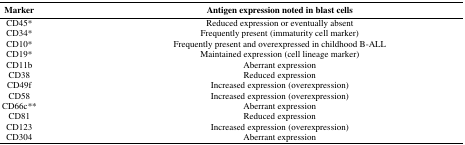
<table><thead><tr><td><b>Marker</b></td><td><b>Antigen expression noted in blast cells</b></td></tr></thead><tbody><tr><td>CD45*</td><td>Reduced expression or eventually absent</td></tr><tr><td>CD34*</td><td>Frequently present (immaturity cell marker)</td></tr><tr><td>CD10*</td><td>Frequently present and overexpressed in childhood B-ALL</td></tr><tr><td>CD19*</td><td>Maintained expression (cell lineage marker)</td></tr><tr><td>CD11b</td><td>Aberrant expression</td></tr><tr><td>CD38</td><td>Reduced expression</td></tr><tr><td>CD49f</td><td>Increased expression (overexpression)</td></tr><tr><td>CD58</td><td>Increased expression (overexpression)</td></tr><tr><td>CD66c**</td><td>Aberrant expression</td></tr><tr><td>CD81</td><td>Reduced expression</td></tr><tr><td>CD123</td><td>Increased expression (overexpression)</td></tr><tr><td>CD304</td><td>Aberrant expression</td></tr></tbody></table>